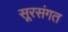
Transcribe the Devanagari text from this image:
सूरसंगत